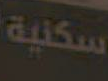
سكنية